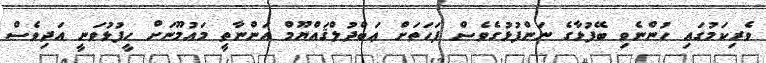
ވެރިކަމުގައި ހުންނެވި ބޭފުޅާގެ ނަންފުޅުގެވެސް ފަހަތަށް ޢަބްދުލްޤައްޔޫމް އަންނާތީ މައުމޫނަށް ހީފުޅުވަނީ އަދިވެސް